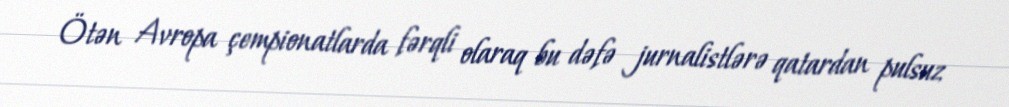
Ötən Avropa çempionatlarda fərqli olaraq bu dəfə jurnalistlərə qatardan pulsuz